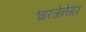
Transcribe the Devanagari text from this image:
श्वारजेनेगर